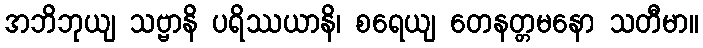
အဘိဘုယျ သဗ္ဗာနိ ပရိဿယာနိ၊ စရေယျ တေနတ္တမနော သတီမာ။